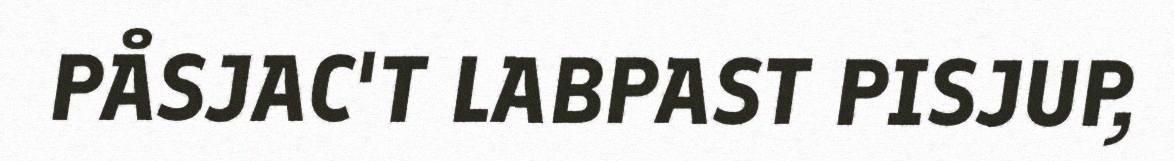
PÅSJAC'T LABPAST PISJUP,